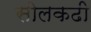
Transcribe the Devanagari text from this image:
सोलकढी